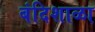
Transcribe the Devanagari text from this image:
बंदिशाळा